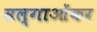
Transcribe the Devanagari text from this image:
सल्गाओंकर